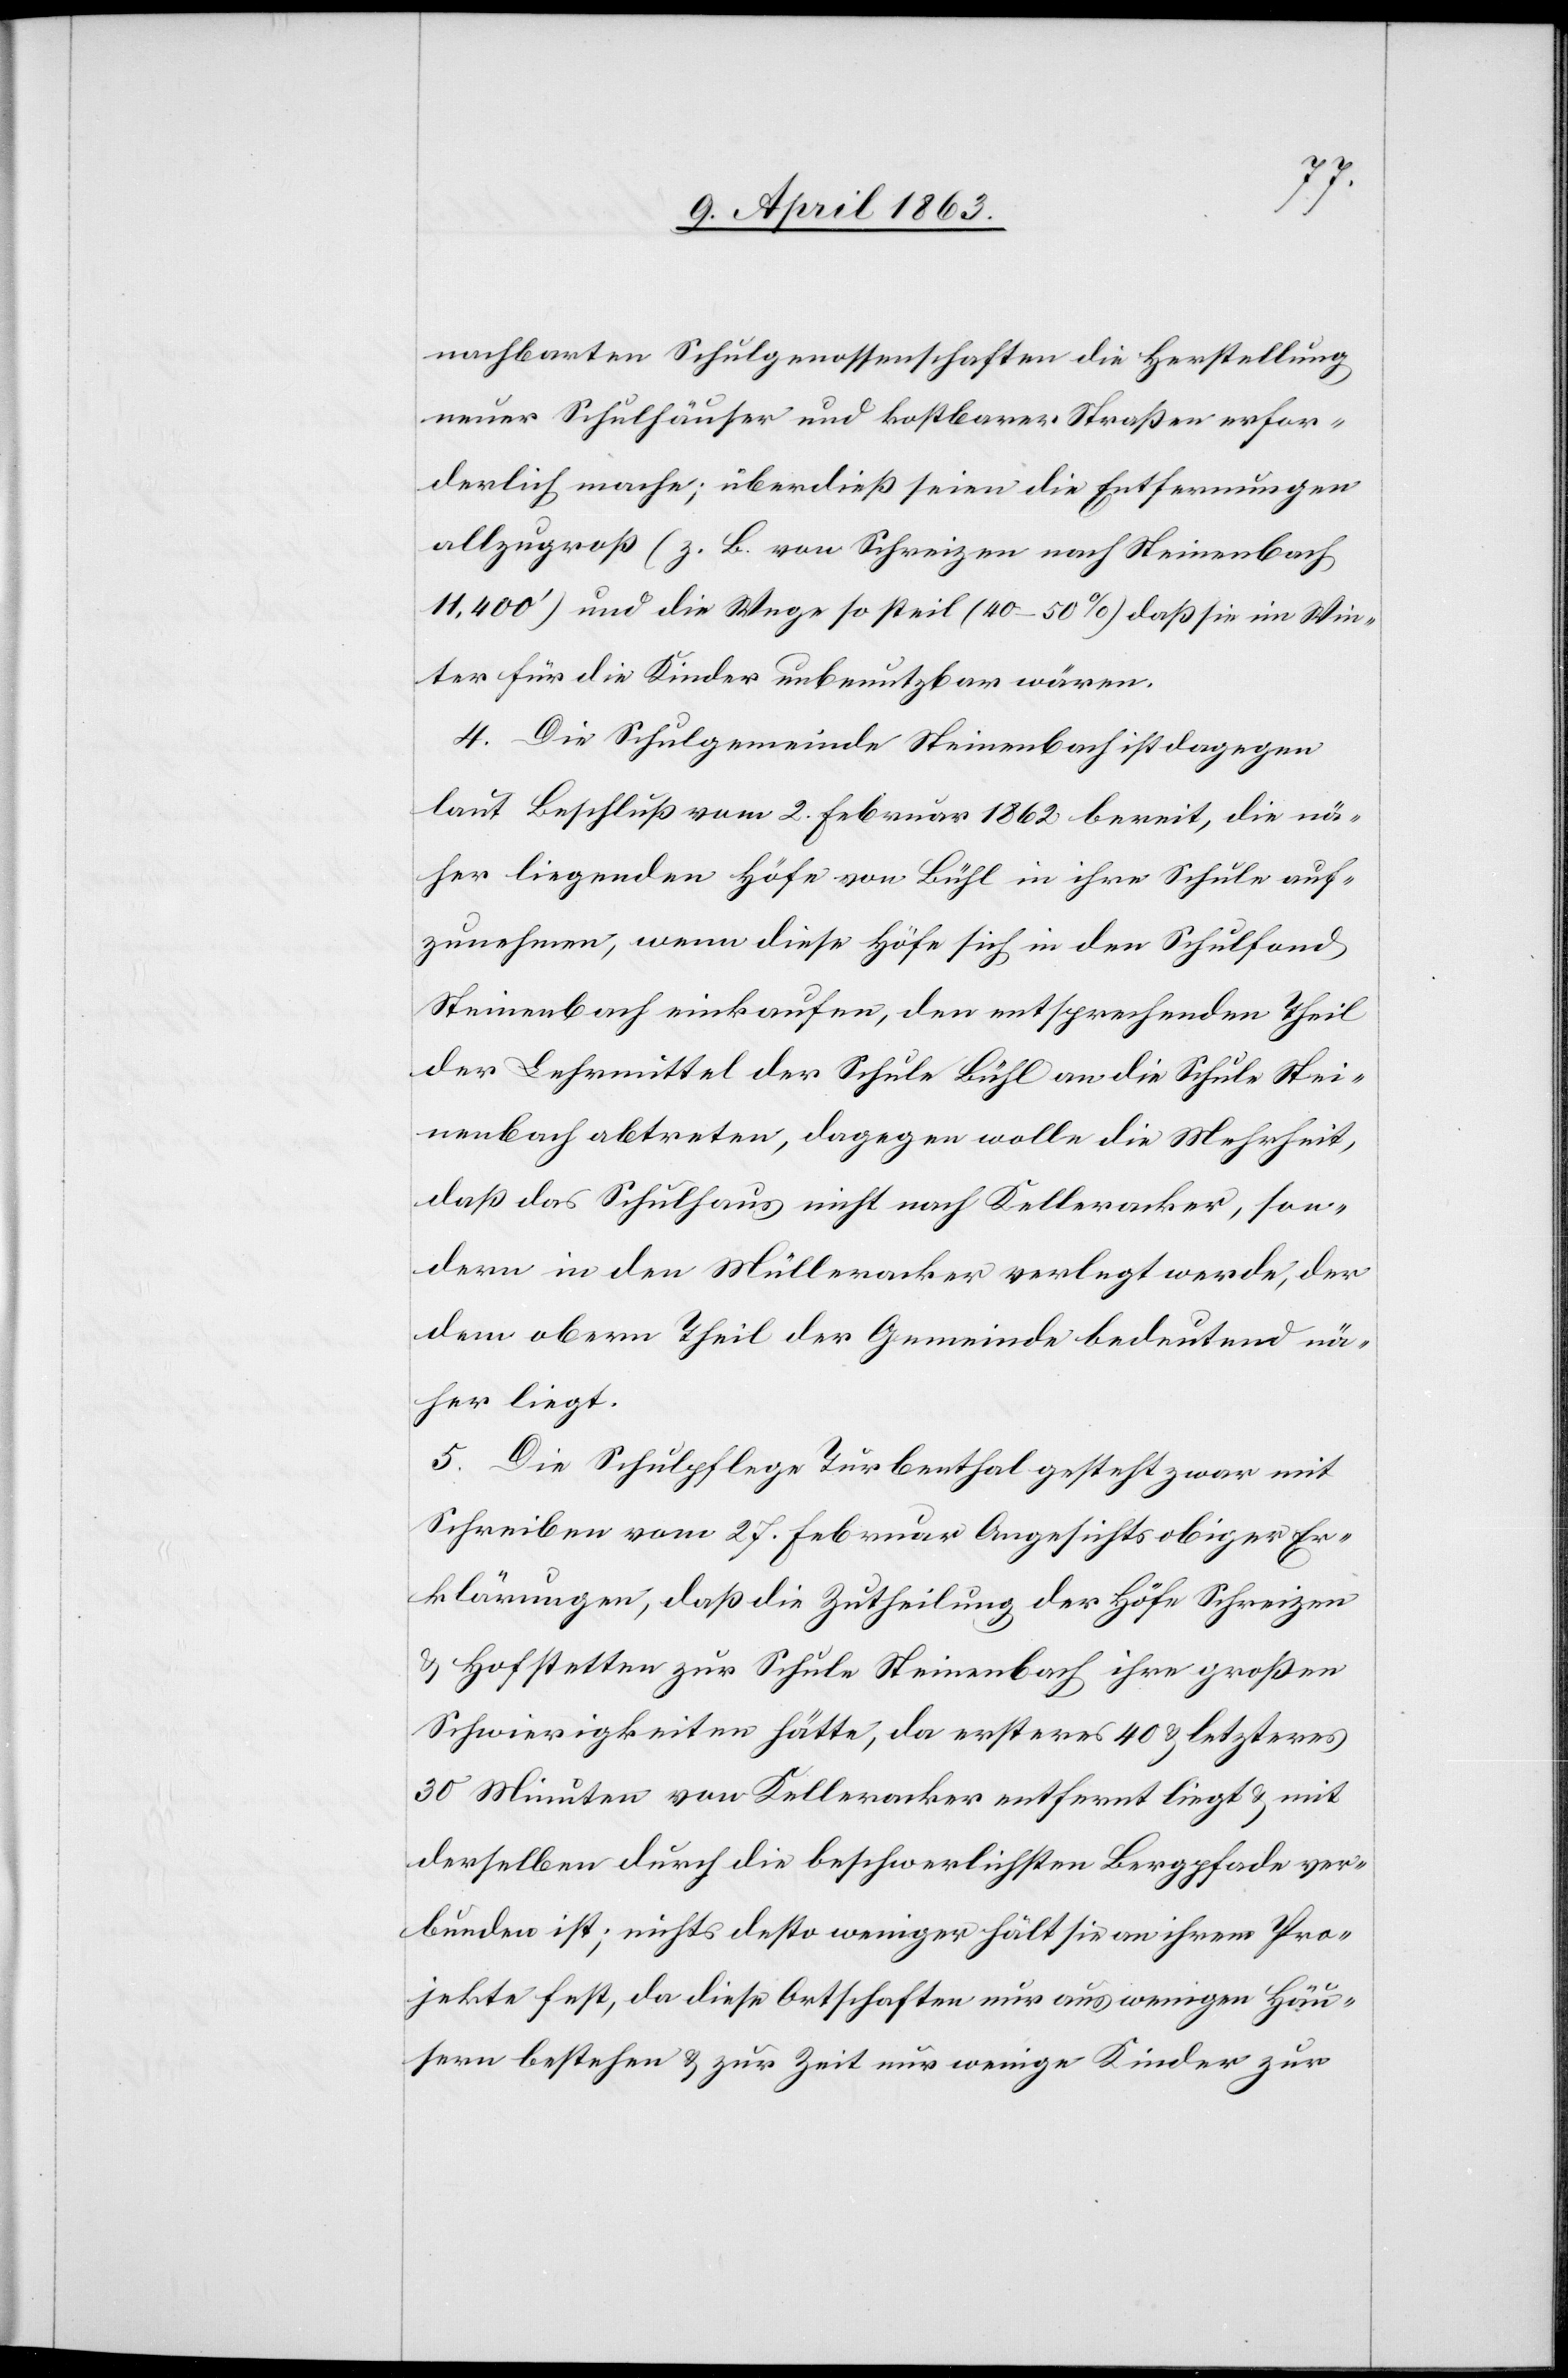
nachbarten Schulgenossenschaften die Herstellung
neuer Schulhäuser und kostbarer Straßen erfor¬
derlich mache; überdieß seien die Entfernungen
allzugroß (z. B. von Schreizen nach Steinenbach
11,400') und die Wege so steil (40–50%) daß sie im Win¬
ter für die Kinder unbenutzbar wären.
4. Die Schulgemeinde Steinenbach ist dagegen
laut Beschluß vom 2. Februar 1862 bereit, die nä¬
her liegenden Höfe von Bühl in ihre Schule auf¬
zunehmen, wenn diese Höfe sich in den Schulfond
Steinenbach einkaufen, den entsprechenden Theil
der Lehrmittel der Schule Bühl an die Schule Stei¬
nenbach abtreten, dagegen wolle die Mehrheit,
daß das Schulhaus nicht nach Kelleracker, son¬
dern in den Mülleracker verlegt werde, der
dem obern Theil der Gemeinde bedeutend nä¬
her liegt.
5. Die Schulpflege Turbenthal gesteht zwar mit
Schreiben vom 27. Februar Angesichts obiger Er¬
klärungen, daß die Zutheilung der Höfe Schreizen
& Hofstetten zur Schule Steinenbach ihre großen
Schwierigkeiten hätte, da ersteres 40 & letzteres
30 Minuten von Kelleracker entfernt liegt & mit
derselben durch die beschwerlichsten Bergpfade ver¬
bunden ist; nichts desto weniger hält sie an ihrem Pro¬
jekte fest, da diese Ortschaften nur aus wenigen Häu¬
sern bestehen & zur Zeit nur wenige Kinder zur